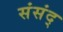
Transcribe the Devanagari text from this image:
संसंद्